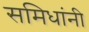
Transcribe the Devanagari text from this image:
समिधांनी